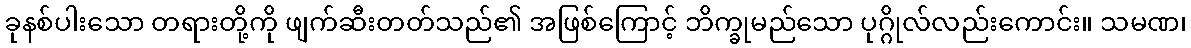
ခုနစ်ပါးသော တရားတို့ကို ဖျက်ဆီးတတ်သည်၏ အဖြစ်ကြောင့် ဘိက္ခုမည်သော ပုဂ္ဂိုလ်လည်းကောင်း။ သမဏ၊